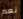
نعم